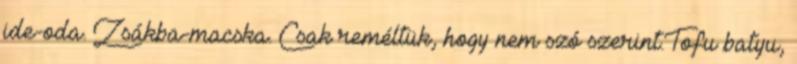
ide-oda. Zsákba-macska. Csak reméltük, hogy nem szó szerint.Tofu batyu,